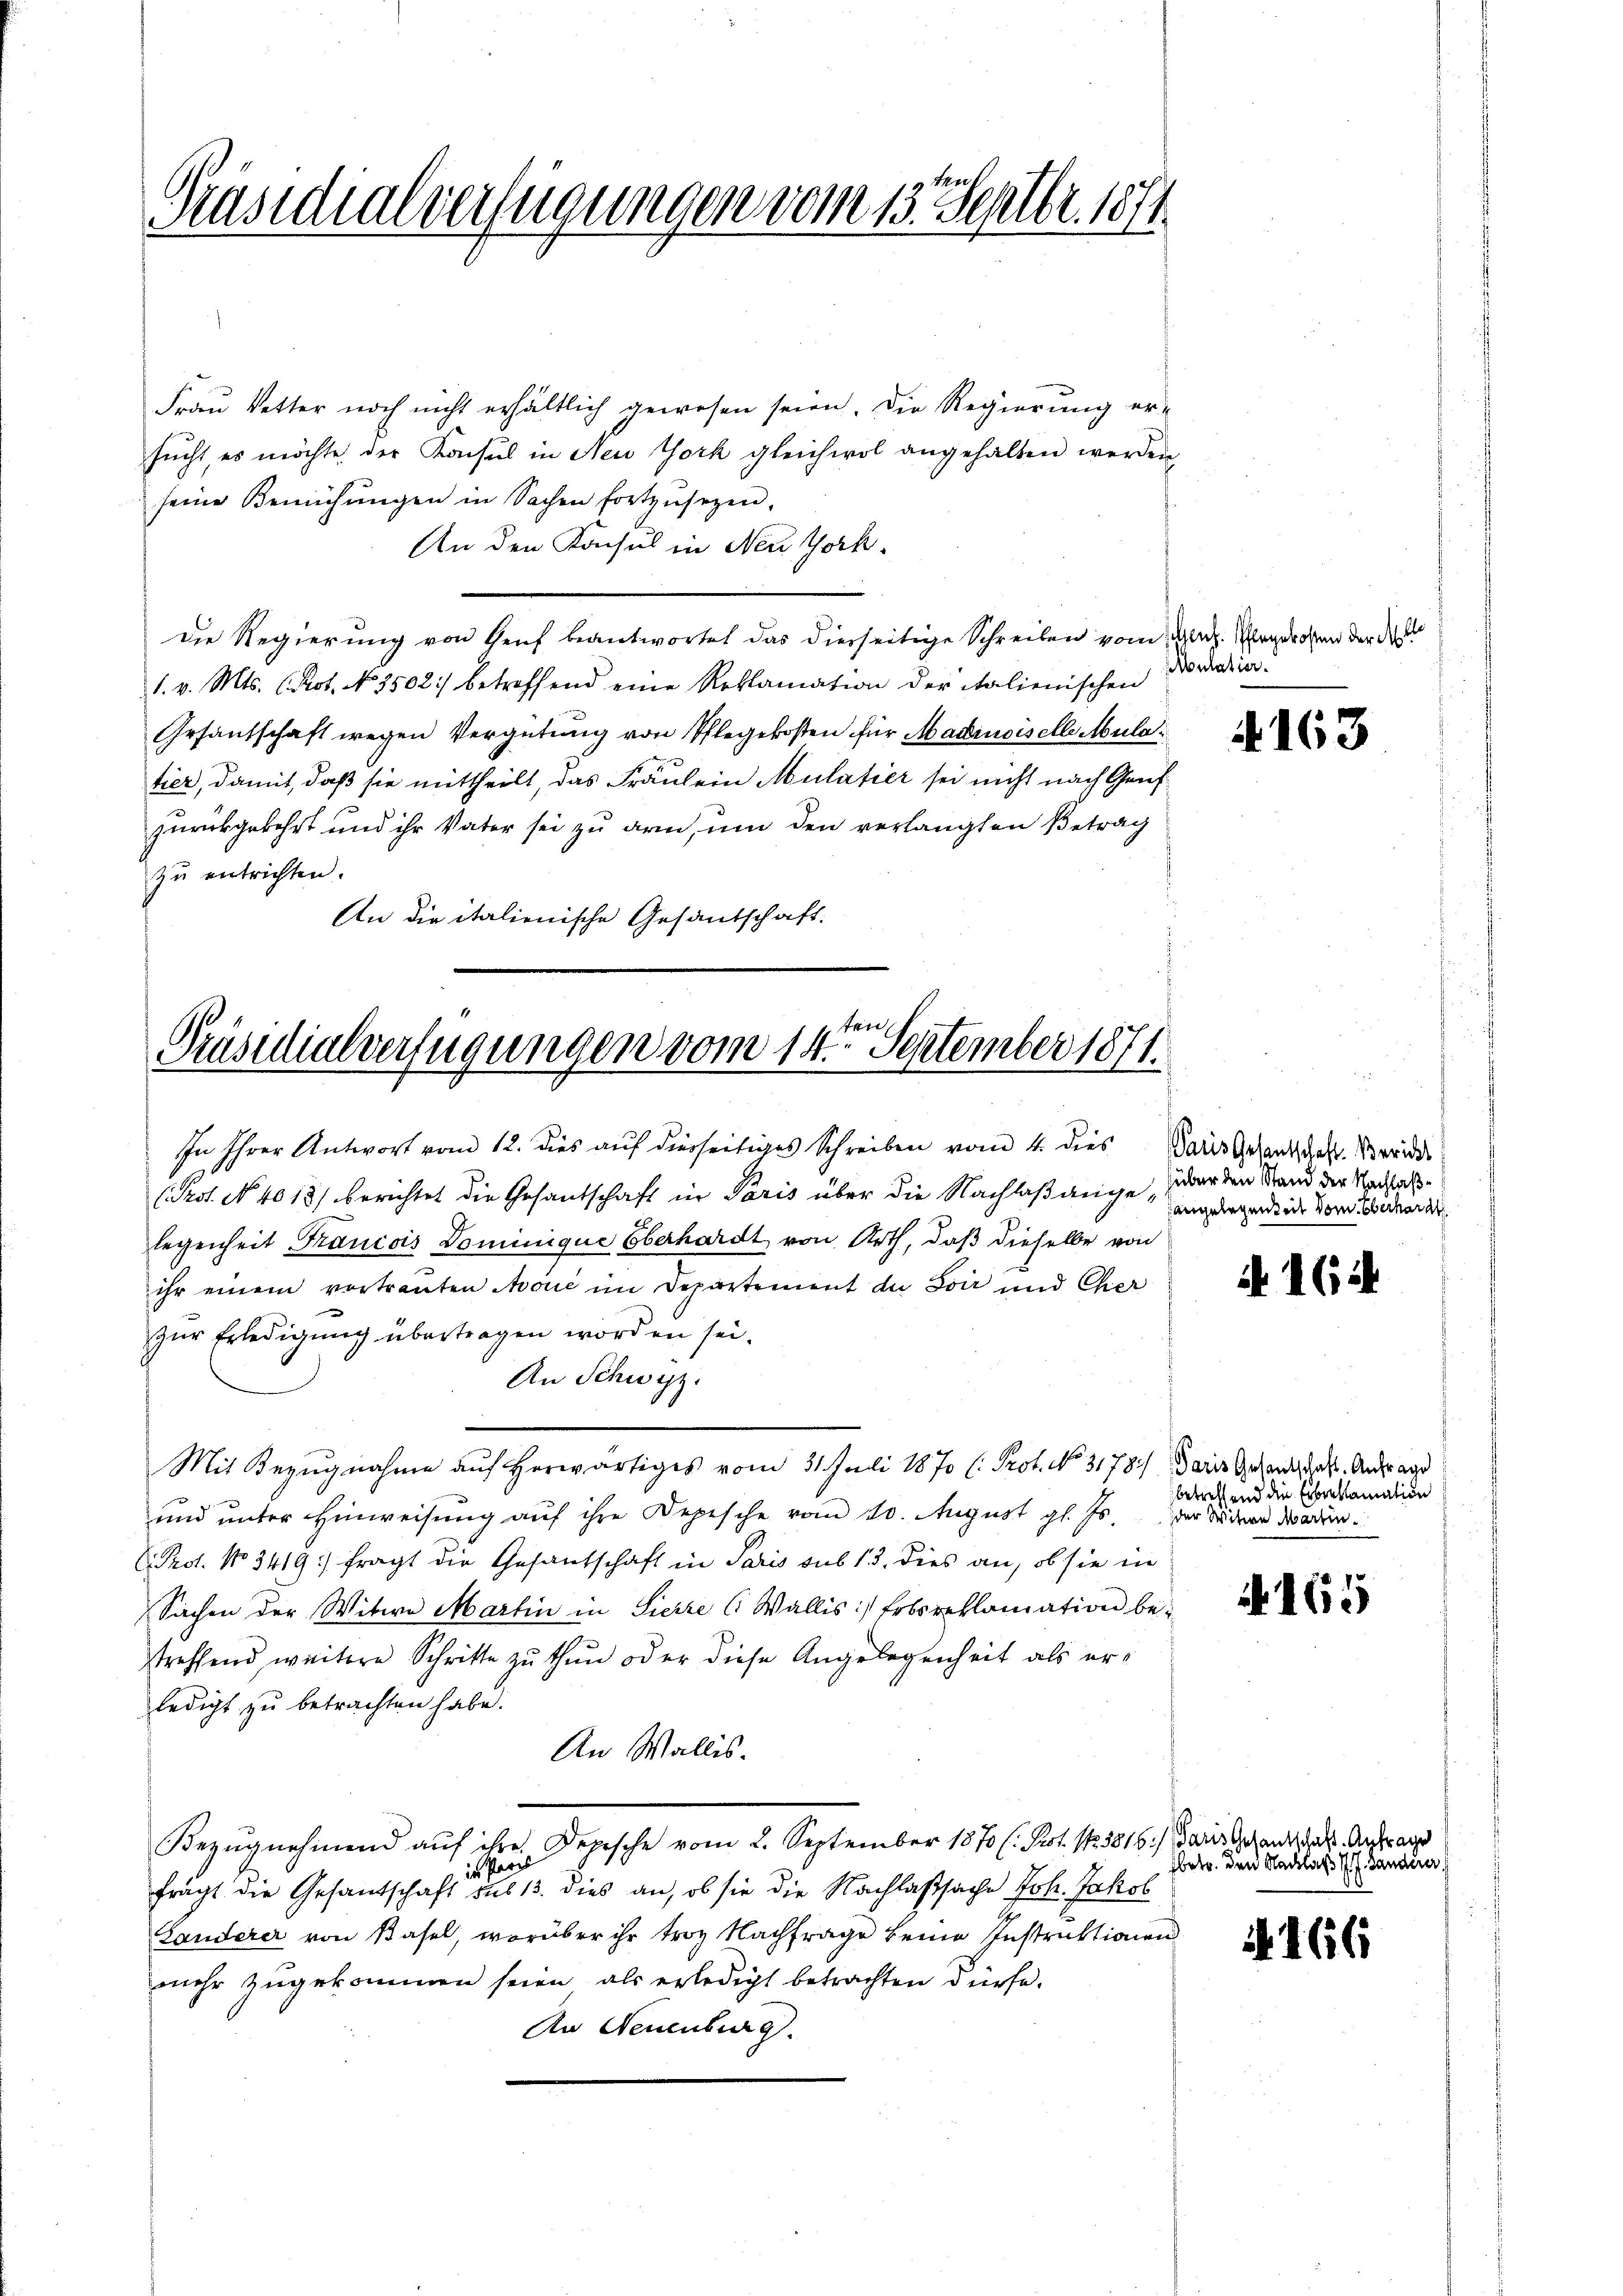
Präsidialverfügungen vom 13. Septbr. 1871

Frau Vetter noch nicht erhältlich gewesen seien. Die Regierung er-
sucht, es möchte der Konsul in New York gleichwol angehalten werden,
seine Bemühungen in Sachen fortzusetzen.
An den Konsul in Neuthork
dDie Regierung von Genf beantwortet das dierseitige Schreiben vom Nach agrossen der
1. v. Mts. Prot. No. 3502) betreffend eine Reklamation der italienischen Norderie-
Gesantschaft wegen Vergütung von Pflegekosten für Madeusis elle Mula
tier, damit, daß sie mittheilt, das Fräulein Mulatier sei nicht nach Genszurückgekehrt und ihr Vater sei zu arm, um den verlangten Betrag
zŭ entrichten.
An die italienische Gesantschaft.

Präsidialverfügungen vom 14ten September 1871.

In Ihrer Antwort vom 12. dies auf diesseitiges Schreiben vom 4. dies Daris Gesandschaft. Meride
Prot. No. 4013) berichtet die Gesantschaft in Paris über die Nachlaßange werden Stand der Nachallegenheit Francois Dominique Oberhardt, von Arth, daß dieselbe von
ihr einem vortrauten Mone im Departement du Soir und Cher
zur Erledigung übertragen worden sei.
An Schwyz.
Mit Bezugnahme auf herwärtiges vom 31. Juli 1870 (: Prot. No. 3178) Daris Gesandtschaft. Antrage
und unter Hinweisung auf ihre Depesche vom 10. August gl. Js.
 Prot. No 3419) fragt die Gesantschaft in Paris sub 13. dies an, ob sie in
Sachen der Witwe Martin in Sierre (Wallis: Erbsreklamation bestreffend weitere Schritte zu thun oder diese Angelegenheit als erledigt zu betrachten habe.
An Wallis.
Bezŭgnehmend aŭf ihre Depesche vom 2. September 1870 (: Prot. 133816. Paris Gesandschaft. Antrages
in Paris
frägt die Gesantschaft sub 13. dies an, ob sie die Nachlaßsache Joh. Jakob
Landerer von Basel, worüber ihr troy Nachfrage keine Instruktionen
mehr zugekommen seien als erledigt betrachten dürfe.
An Neuenburg.

4163

Hangelegenheit vom Oberhardt

if. 1614

betreffend die Erbreklamation
der Witwe Martin.

165

fbetr. den Nachlaß d. J. Händerer,

A. 166